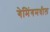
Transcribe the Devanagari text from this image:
गेमिंगमधील